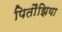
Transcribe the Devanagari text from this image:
पितौंझिया